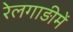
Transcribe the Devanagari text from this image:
रेलगाड़ीमें